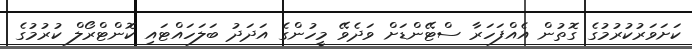
ކަށަވަރުކުރުމުގެ ގޮތުން އެއްފަހަރާ ސްޓޭންޑަށް ވަދެވޭ މީހުންގެ އަދަދު ބަލަހައްޓައި ކޮންޓްރޯލް ކުރުމުގެ